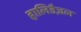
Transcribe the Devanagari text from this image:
हालिडैज़ल